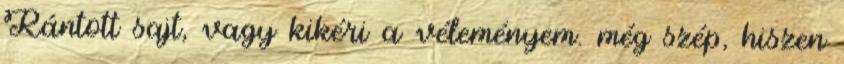
Rántott sajt, vagy kikéri a véleményem. még szép, hiszen